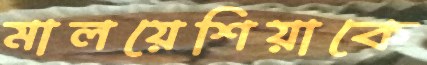
মালয়েশিয়াকে